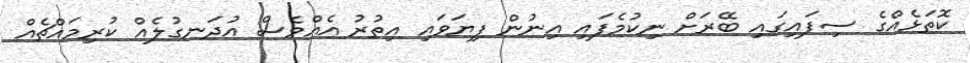
ކޮތަޅެއްގެ ސިފައިގައި ބޭރަށް ނިކުމެފައި އިނުން ފިޔަވައި އިތުރު އެއްވެސް އުދަނގުލެއް ކުރިމައްޗެއް